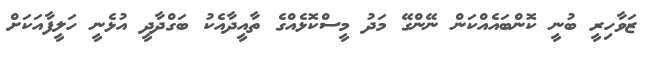
ޒަވާހިރީ ބުނީ ކޮންބައެއްކަން ނޭންގޭ މަދު މީސްކޮޅެއްގެ ތާއީދާއެކު ބަގްދާދީ އުޅެނީ ހަލީފާއަކަށް